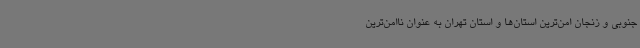
جنوبی و زنجان امن‌ترین استان‌ها و استان تهران به عنوان ناامن‌ترین